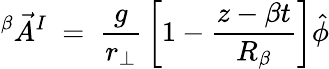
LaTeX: ^{\beta}{\vec{A}}^{I}~=~{\frac{g}{r_{\bot}}}\left[1-{\frac{z-\beta t}{R_{\beta}}}\right]\hat{\phi}